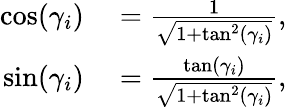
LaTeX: \begin{array}{rl}{\cos(\gamma_{i})}&{{}={\frac{1}{\sqrt{1+\tan^{2}(\gamma_{i})}}},}\\ {\sin(\gamma_{i})}&{{}={\frac{\tan(\gamma_{i})}{\sqrt{1+\tan^{2}(\gamma_{i})}}},}\end{array}